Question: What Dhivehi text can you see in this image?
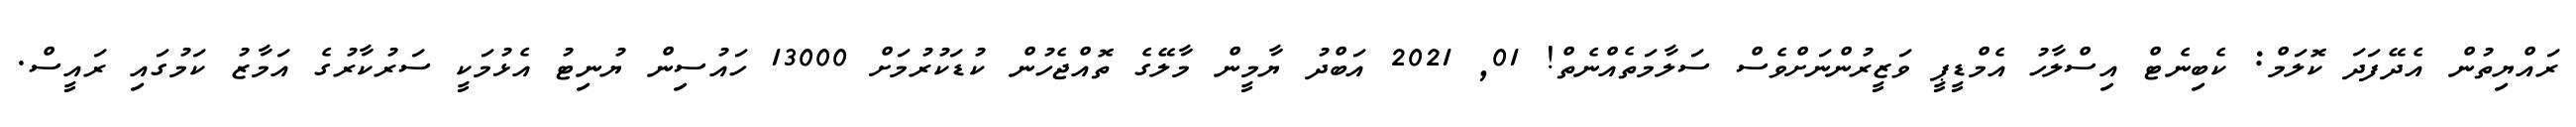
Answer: ރައްޔިތުން އެދޭފަދަ ކޮލަމް: ކެބިނެޓް އިސްލާހު އެމްޑީޕީ ވަޒީރުންނަށްވެސް ސަލާމަތެއްނެތް! 01, 2021 އަބްދު ޔާމީން މާލޭގެ ތޮއްޖެހުން ކުޑަކުރުމަށް 13000 ހައުސިން ޔުނިޓު އެޅުމަކީ ސަރުކާރުގެ އަމާޒު ކަމުގައި ރައީސް.